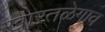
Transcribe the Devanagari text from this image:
खारतळेगाव